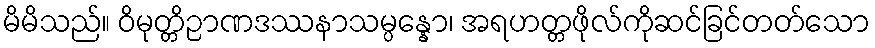
မိမိသည်။ ဝိမုတ္တိဉာဏဒဿနာသမ္ပန္နော၊ အရဟတ္တဖိုလ်ကိုဆင်ခြင်တတ်သော